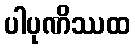
ပါပုဏိဿထ